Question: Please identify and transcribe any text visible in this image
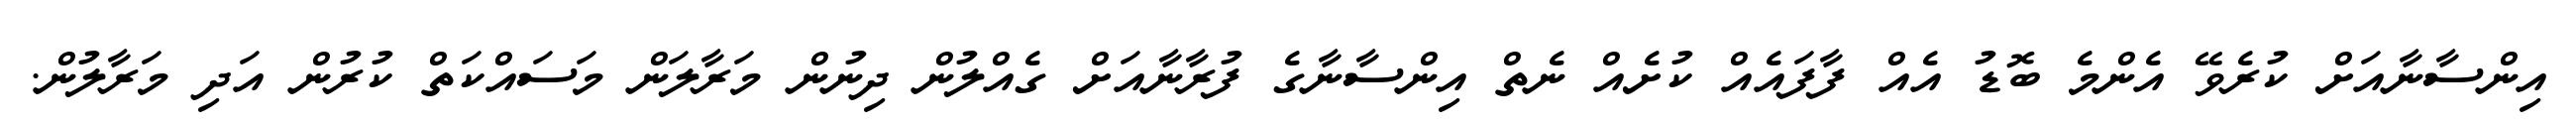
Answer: އިންސާނާއަށް ކުރެވޭ އެންމެ ބޮޑު އެއް ފާފައެއް ކުށެއް ނެތް އިންސާނާގެ ފުރާނާއަށް ގެއްލުން ދިނުން މަރާލަން މަސައްކަތް ކުރުން އަދި މަރާލުން.